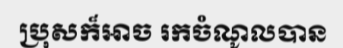
ប្រុសក៏អាច រកចំណូលបាន